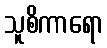
သူစိကာရော